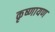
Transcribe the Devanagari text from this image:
कृष्णायण